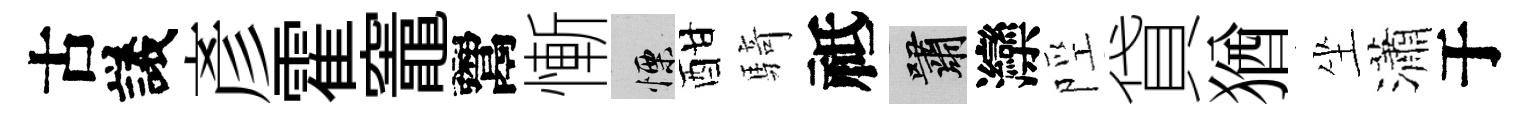
古議彥霍竈鬻慚慄酣騎祗嘯灤陘貸猶坐瀟于